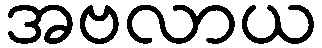
အဗလာယ